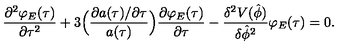
\frac { \partial ^ { 2 } \varphi _ { E } ( \tau ) } { \partial \tau ^ { 2 } } + 3 \Bigl ( \frac { \partial a ( \tau ) / \partial \tau } { a ( \tau ) } \Bigr ) \frac { \partial \varphi _ { E } ( \tau ) } { \partial \tau } - \frac { \delta ^ { 2 } V ( \hat { \phi } ) } { \delta \hat { \phi } ^ { 2 } } \varphi _ { E } ( \tau ) = 0 .